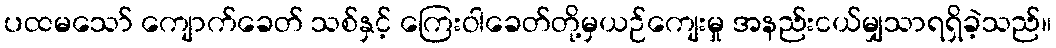
ပထမသော် ကျောက်ခေတ် သစ်နှင့် ကြေးဝါခေတ်တို့မှယဉ်ကျေးမှု အနည်းငယ်မျှသာရရှိခဲ့သည်။